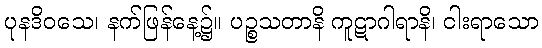
ပုနဒိဝသေ၊ နက်ဖြန်နေ့၌။ ပဉ္စသတာနိ ကူဋာဂါရာနိ၊ ငါးရာသော